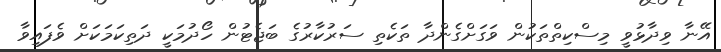
އޭނާ ވިދާޅުވީ މިސްކިތްތަކުން ވަގަށްގެންދާ ތަކެތި ސަރުކާރުގެ ބަޖެޓުން ހޯދުމަކީ ދަތިކަމަކަށް ވެފައިވާ